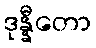
ဒုန္နီတော